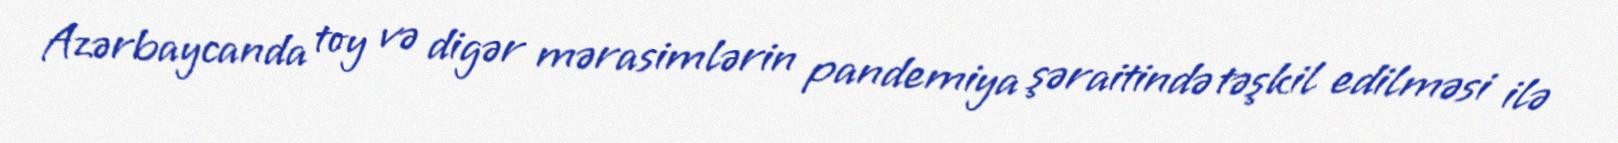
Azərbaycanda toy və digər mərasimlərin pandemiya şəraitində təşkil edilməsi ilə